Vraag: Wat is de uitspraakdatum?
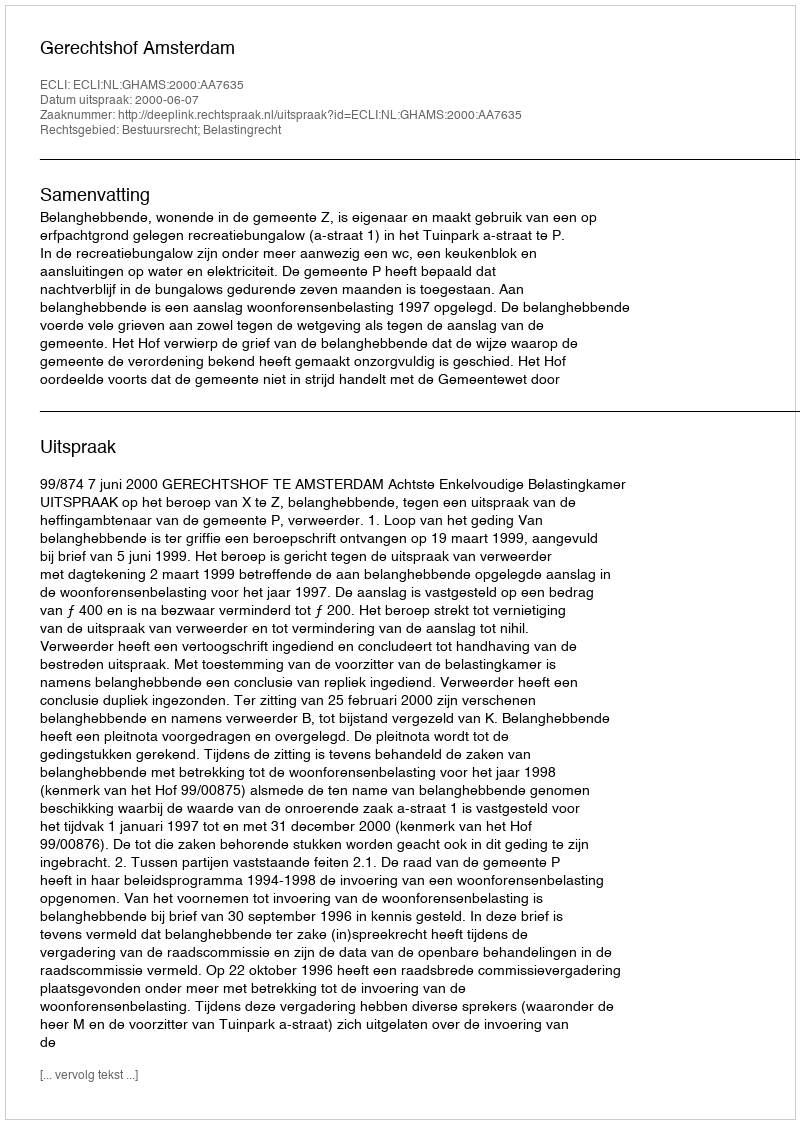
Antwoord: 2000-06-07